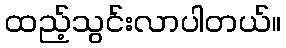
ထည့်သွင်းလာပါတယ်။